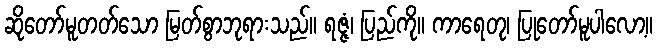
ဆိုတော်မူတတ်သော မြတ်စွာဘုရားသည်။ ရဇ္ဇံ၊ ပြည်ကို။ ကာရေတု၊ ပြုတော်မူပါလော့။